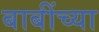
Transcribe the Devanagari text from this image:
बाबींच्‍या